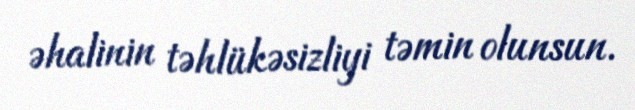
əhalinin təhlükəsizliyi təmin olunsun.